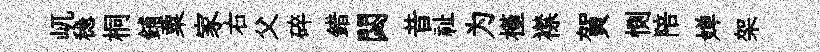
屼稳桐鋪粟家右父碎錯閟昔祉为槿襟賀惻陪婵架